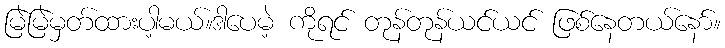
မြဲမြဲမှတ်ထားပါ့မယ်။ဒါပေမဲ့ ကိုရင် တုန်တုန်ယင်ယင် ဖြစ်နေတယ်နော်။